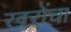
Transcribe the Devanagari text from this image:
खरोंचा